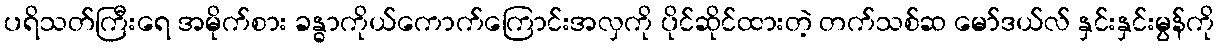
ပရိသတ်ကြီးရေ အမိုက်စား ခန္ဓာကိုယ်ကောက်ကြောင်းအလှကို ပိုင်ဆိုင်ထားတဲ့ တက်သစ်ဆ မော်ဒယ်လ် နှင်းနှင်းမွန်ကို